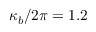
\kappa _ { b } / 2 \pi = 1 . 2